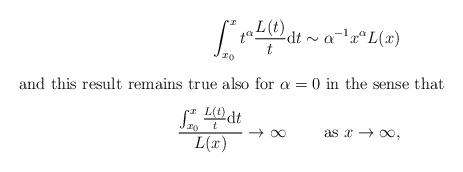
LaTeX: \begin{align*}\int_{x_0}^x t^\alpha \frac{L(t)}{t}\mathrm{d}t\sim \alpha^{-1}x^\alpha L(x)\intertext{and this result remains true also for $\alpha=0$ in the sense that}\frac{\int_{x_0}^x \frac{L(t)}{t}\mathrm{d}t}{L(x)}\to\infty\qquad\mbox{ as }x\to\infty,\end{align*}